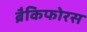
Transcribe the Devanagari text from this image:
ब्रैकिफोरस